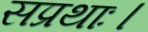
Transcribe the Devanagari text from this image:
सप्रथाः।